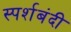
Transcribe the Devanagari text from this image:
स्पर्शबंदी